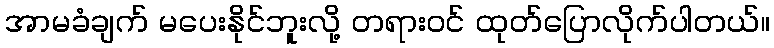
အာမခံချက် မပေးနိုင်ဘူးလို့ တရားဝင် ထုတ်ပြောလိုက်ပါတယ်။